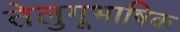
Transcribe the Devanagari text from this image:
तेलुगूभाषिक